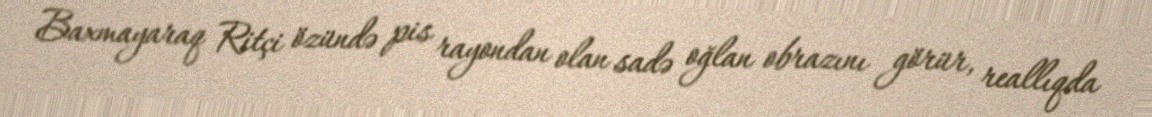
Baxmayaraq Ritçi özündə pis rayondan olan sadə oğlan obrazını görür, reallıqda